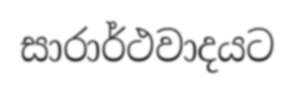
සාරාර්ථවාදයට